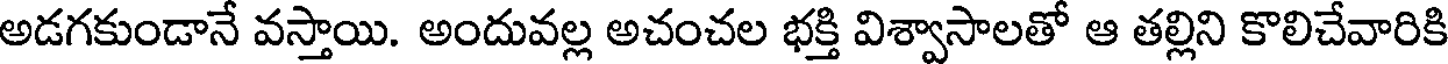
అడగకుండానే వస్తాయి. అందువల్ల అచంచల భక్తి విశ్వాసాలతో ఆ తల్లిని కొలిచేవారికి